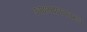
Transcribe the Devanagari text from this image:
उपाध्यक्षपदावरून